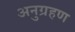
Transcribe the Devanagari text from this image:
अनुग्रहण